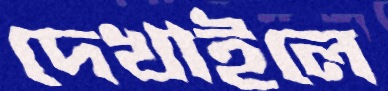
দেখাইলে